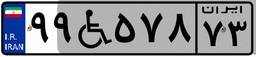
۹۹W۵۷۸۷۳